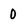
Character: 0